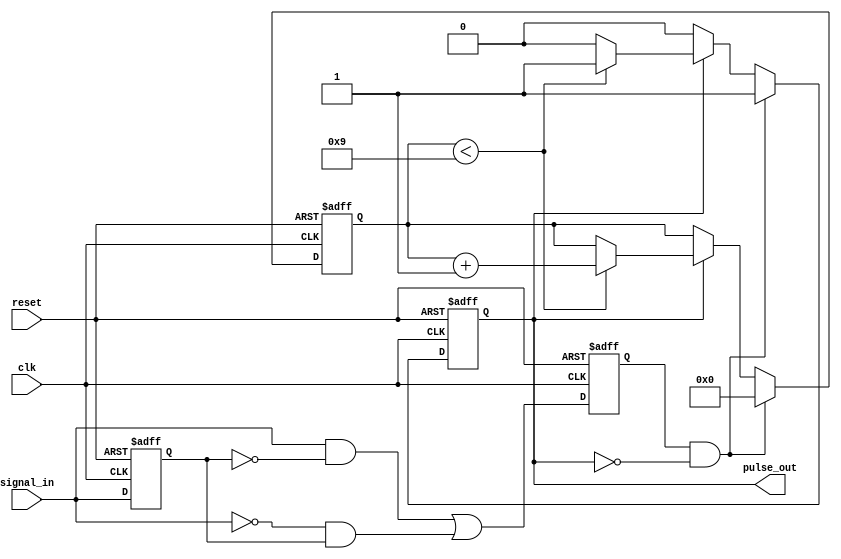
module MonostableEdgeDetector #(
    parameter PULSE_WIDTH = 10 // Configurable pulse width in clock cycles
)(
    input wire clk,           // Clock input
    input wire reset,         // Asynchronous reset
    input wire signal_in,     // Input signal to detect edges
    output reg pulse_out      // Output pulse
);

    reg signal_in_d;          // Delayed version of the input signal
    reg edge_detected;        // Edge detection flag
    reg [3:0] counter;        // Counter for pulse width

    // Edge detection logic
    always @(posedge clk or posedge reset) begin
        if (reset) begin
            signal_in_d <= 0;
            edge_detected <= 0;
        end else begin
            signal_in_d <= signal_in; // Store previous state
            // Detect rising edge or falling edge
            edge_detected <= (signal_in && !signal_in_d) || (!signal_in && signal_in_d);
        end
    end

    // Pulse generation logic
    always @(posedge clk or posedge reset) begin
        if (reset) begin
            pulse_out <= 0;
            counter <= 0;
        end else if (edge_detected && !pulse_out) begin
            pulse_out <= 1;         // Generate pulse on edge detection
            counter <= 0;           // Reset counter
        end else if (pulse_out) begin
            if (counter < PULSE_WIDTH - 1) begin
                counter <= counter + 1; // Increment counter
            end else begin
                pulse_out <= 0;      // End pulse after specified duration
            end
        end
    end

endmodule